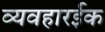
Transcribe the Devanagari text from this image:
व्यवहारईक